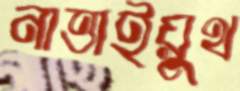
নাত্তাইয়ুথ